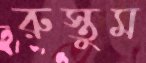
রুস্তুম